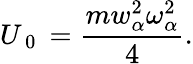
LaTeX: U_{\mathrm{~0~}}=\frac{mw_{\alpha}^{2}\omega_{\alpha}^{2}}{4}.